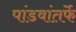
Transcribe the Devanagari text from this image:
पांडवांतर्फे